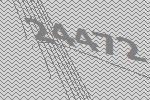
24472